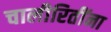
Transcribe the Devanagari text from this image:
चालीरितींना